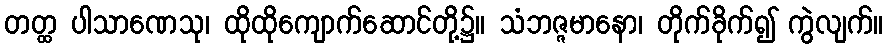
တတ္ထ ပါသာဏေသု၊ ထိုထိုကျောက်ဆောင်တို့၌။ သံဘဇ္ဇမာနော၊ တိုက်ခိုက်၍ ကွဲလျက်။